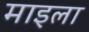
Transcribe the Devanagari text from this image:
माइला